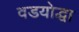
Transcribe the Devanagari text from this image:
वडयोद्धा